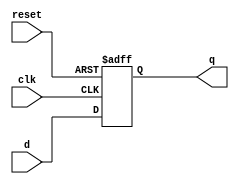
`timescale 1ns / 1ps
`default_nettype none
//////////////////////////////////////////////////////////////////////////////////
// Company: 
// Engineer: 
// 
// Design Name: 
// Module Name: Dff
// Project Name: 
// Target Devices: 
// Tool Versions: 
// Description: 
// 
// Dependencies: 
// 
// Revision:
// Revision 0.01 - File Created
// Additional Comments:
// 
//////////////////////////////////////////////////////////////////////////////////


module Dff(
    input wire clk,         // Clock input
    input wire reset,       // Asynchronous active-low reset input
    input wire d,           // Data input
    output reg q            // Output
);

    always @(posedge clk or negedge reset)
    begin
        if (!reset)
            q <= 1'b0;
        else
            q <= d;
    end
endmodule